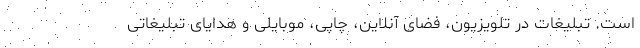
است. تبلیغات در تلویزیون، فضای آنلاین، چاپی، موبایلی و هدایای تبلیغاتی